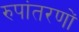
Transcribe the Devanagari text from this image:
रुपांतरणों